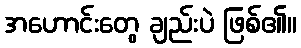
အဟောင်းတွေ ချည်းပဲ ဖြစ်၏။